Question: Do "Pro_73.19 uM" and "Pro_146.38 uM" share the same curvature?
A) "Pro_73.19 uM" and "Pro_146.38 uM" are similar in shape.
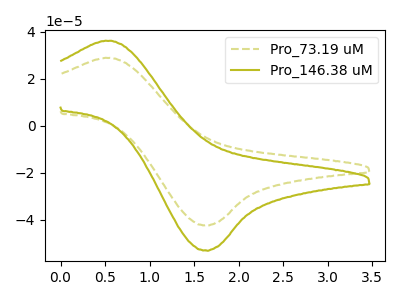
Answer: <think>The olive dashed curve "Pro_73.19 uM" has an anodic peak at (0.55V, 28.85uA) and a cathodic peak at (1.60V, -42.30uA). The olive curve "Pro_146.38 uM" has an anodic peak at (0.55V, 36.10uA) and a cathodic peak at (1.60V, -52.95uA).
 All the peaks in "Pro_73.19 uM" have a peak in "Pro_146.38 uM" at the same potential. Every peak in "Pro_73.19 uM" is lower than every peak in "Pro_146.38 uM".</think>
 <answer>A) "Pro_73.19 uM" and "Pro_146.38 uM" are similar in shape.</answer>
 <eval>A</eval>